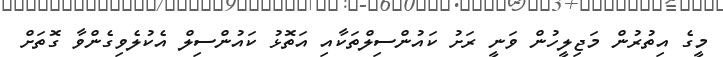
މީގެ އިތުރުން މަޖިލީހުން ވަނީ ރަށު ކައުންސިލްތަކާއި އަތޮޅު ކައުންސިލް އެކުލެވިގެންވާ ގޮތަށް